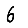
Digit: 6